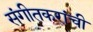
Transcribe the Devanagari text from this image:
संगीतकरांची